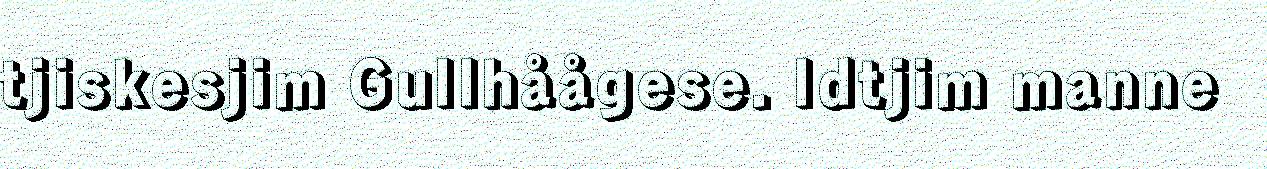
tjiskesjim Gullhåågese. Idtjim manne